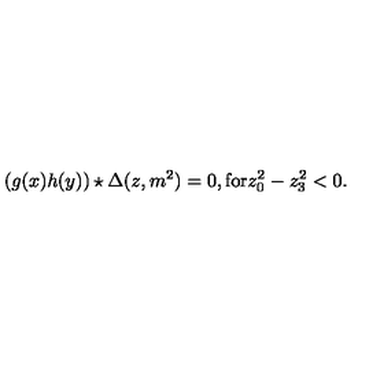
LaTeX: ( g ( x ) h ( y ) ) \star \Delta ( z , m ^ { 2 } ) = 0 , \mathrm { f o r } z _ { 0 } ^ { 2 } - z _ { 3 } ^ { 2 } < 0 .